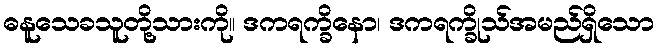
ဓနူသေခသူတို့သားကို။ ဒကရက္ခိနော၊ ဒကရက္ခိုသ်အမည်ရှိသော